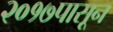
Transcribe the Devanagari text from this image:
२०१७पासून